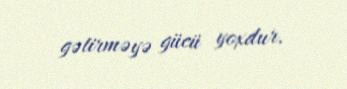
gətirməyə gücü yoxdur.